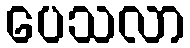
ပေသလာ